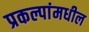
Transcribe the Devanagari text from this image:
प्रकल्पांमधील